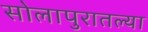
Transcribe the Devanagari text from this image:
सोलापुरातल्या